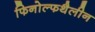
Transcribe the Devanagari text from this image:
फिनोल्फथैलीन